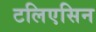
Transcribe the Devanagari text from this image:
टलिएसिन